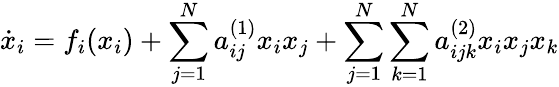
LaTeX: \dot{x}_{i}=f_{i}(x_{i})+\sum_{j=1}^{N}a_{ij}^{(1)}x_{i}x_{j}+\sum_{j=1}^{N}\sum_{k=1}^{N}a_{ijk}^{(2)}x_{i}x_{j}x_{k}